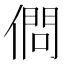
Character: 𠍒